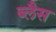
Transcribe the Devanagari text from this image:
ब्लैस